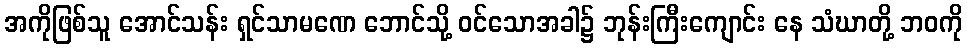
အကိုဖြစ်သူ အောင်သန်း ရှင်သာမဏေ ဘောင်သို့ ဝင်သောအခါ၌ ဘုန်းကြီးကျောင်း နေ သံဃာတို့ ဘဝကို